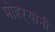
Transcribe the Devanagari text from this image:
मोहऱ्यांनी